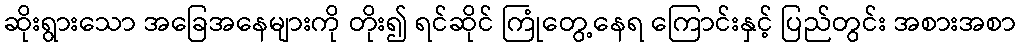
ဆိုးရွားသော အခြေအနေများကို တိုး၍ ရင်ဆိုင် ကြုံတွေ့နေရ ကြောင်းနှင့် ပြည်တွင်း အစားအစာ